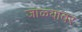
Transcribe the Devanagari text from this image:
जाळ्यावर